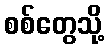
စစ်တွေသို့